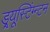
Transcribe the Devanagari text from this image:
ड्र्यूस्टिंग्न्टन